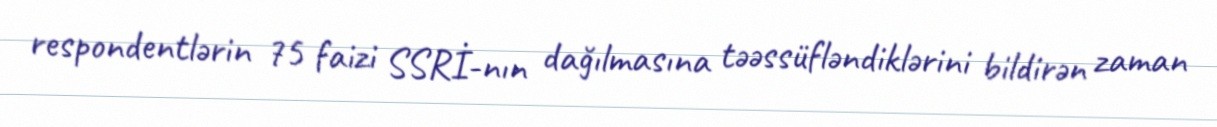
respondentlərin 75 faizi SSRİ-nın dağılmasına təəssüfləndiklərini bildirən zaman